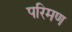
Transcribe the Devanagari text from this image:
परिमण